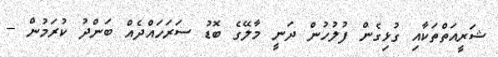
ޝަރީއަތްތަކާއި ގުޅިގެން ފުލުހުން ދަނީ މާލޭގެ ބޮޑު ސަރަހައްދެއް ބަންދު ކުރަމުން --